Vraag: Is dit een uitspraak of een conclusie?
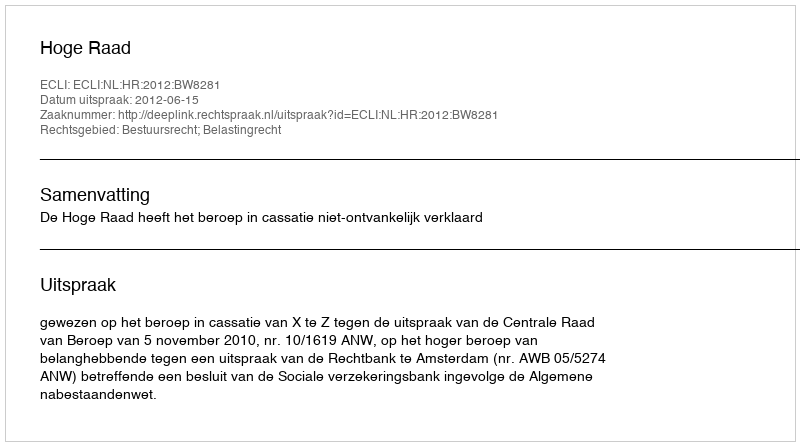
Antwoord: Uitspraak